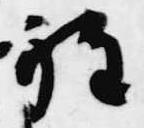
程